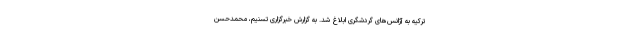
ترکیه به آژانس‌های گردشگری ابلاغ شد. به گزارش خبرگزاری تسنیم، محمدحسن